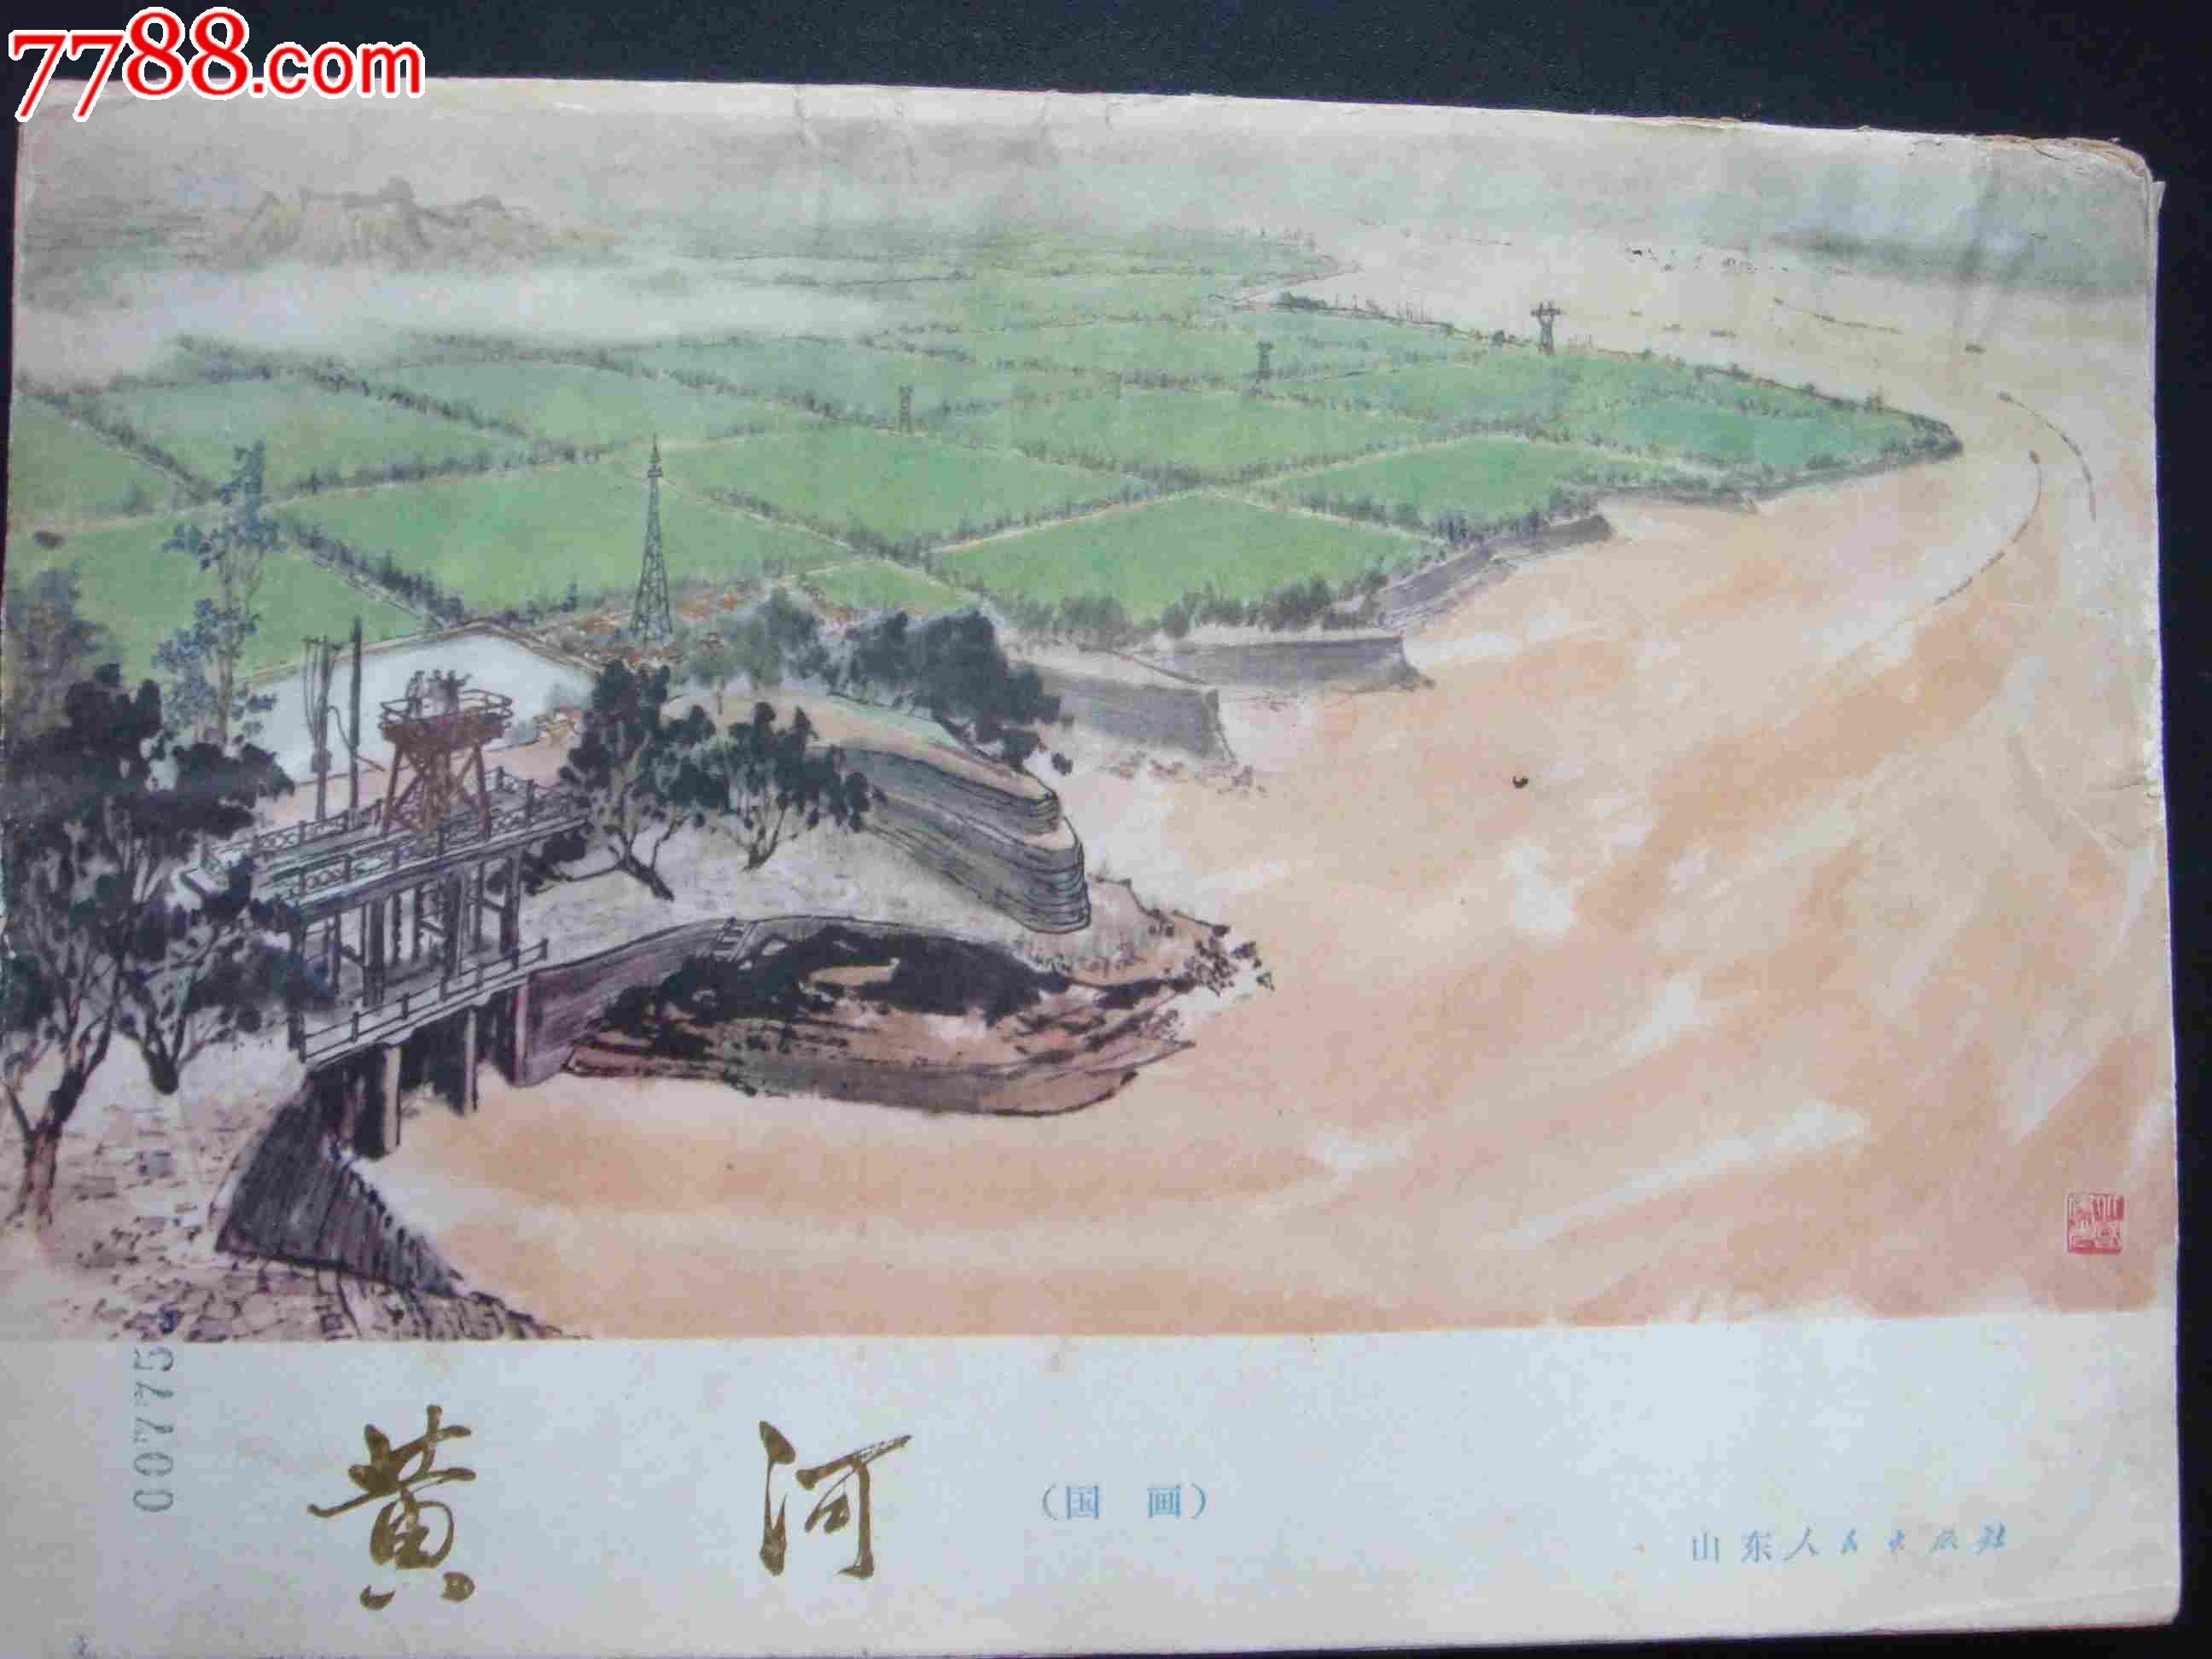
黄河水绕汉宫墙，河上秋风雁几行。